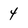
Character: 4